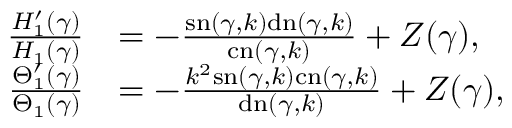
\begin{array} { r l } { \frac { H _ { 1 } ^ { \prime } ( \gamma ) } { H _ { 1 } ( \gamma ) } } & { = - \frac { \mathrm { s n } ( \gamma , k ) \mathrm { d n } ( \gamma , k ) } { \mathrm { c n } ( \gamma , k ) } + Z ( \gamma ) , } \\ { \frac { \Theta _ { 1 } ^ { \prime } ( \gamma ) } { \Theta _ { 1 } ( \gamma ) } } & { = - \frac { k ^ { 2 } \mathrm { s n } ( \gamma , k ) \mathrm { c n } ( \gamma , k ) } { \mathrm { d n } ( \gamma , k ) } + Z ( \gamma ) , } \end{array}